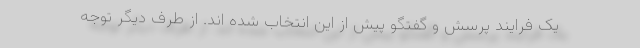
یک فرایند پرسش و گفتگو پیش از این انتخاب شده اند. از طرف دیگر توجه